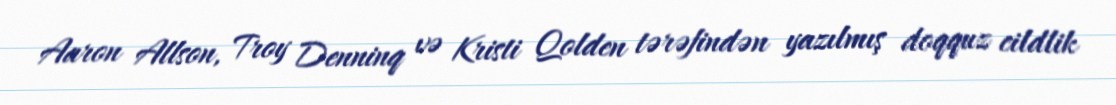
Aaron Allson, Troy Denninq və Kristi Qolden tərəfindən yazılmış doqquz cildlik